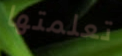
تعلمتها